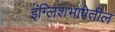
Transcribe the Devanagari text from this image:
इंग्लिशभाषेतील